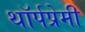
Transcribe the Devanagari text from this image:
थॉर्पप्रेमी